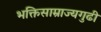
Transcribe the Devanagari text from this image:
भक्तिसाम्राज्यगुढी